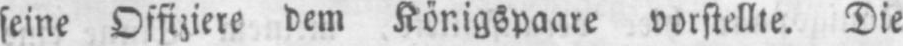
seine Offiziere dem Königspaare vorstellte. Die